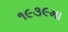
૧૯૩૯મા